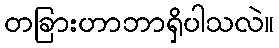
တခြားဟာဘာရှိပါသလဲ။